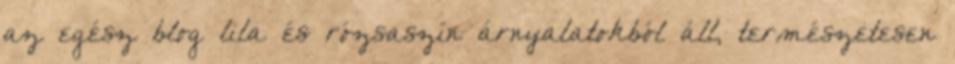
az egész blog lila és rózsaszín árnyalatokból áll, természetesen